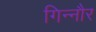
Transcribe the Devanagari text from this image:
गिन्नौर